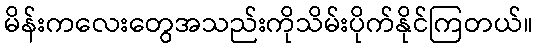
မိန်းကလေးတွေအသည်းကိုသိမ်းပိုက်နိုင်ကြတယ်။